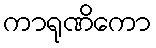
ကာရုဏိကော